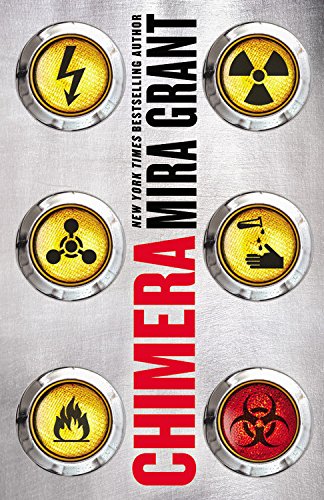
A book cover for Chimera (Parasitology); Mira Grant; Science Fiction & Fantasy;